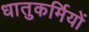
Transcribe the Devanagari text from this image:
धातुकर्मियों